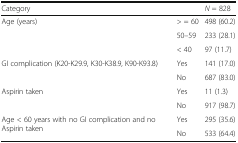
| <COLSPAN=2> Category | N = 828 |
 | --- | --- | --- |
 | <ROWSPAN=3> Age (years) | > = 60 | 498 (60.2) |
 | 50–59 | 233 (28.1) |
 | < 40 | 97 (11.7) |
 | <ROWSPAN=2> GI complication (K20-K29.9, K30-K38.9, K90-K93.8) | Yes | 141 (17.0) |
 | No | 687 (83.0) |
 | <ROWSPAN=2> Aspirin taken | Yes | 11 (1.3) |
 | No | 917 (98.7) |
 | <ROWSPAN=2> Age < 60 years with no GI complication and no Aspirin taken | Yes | 295 (35.6) |
 | No | 533 (64.4) |